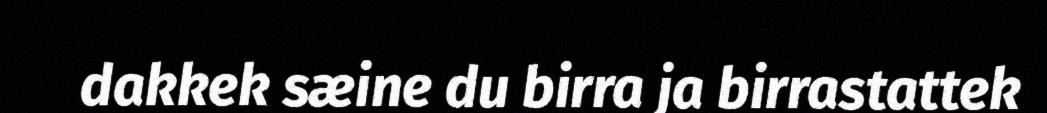
dakkek sæine du birra ja birrastattek